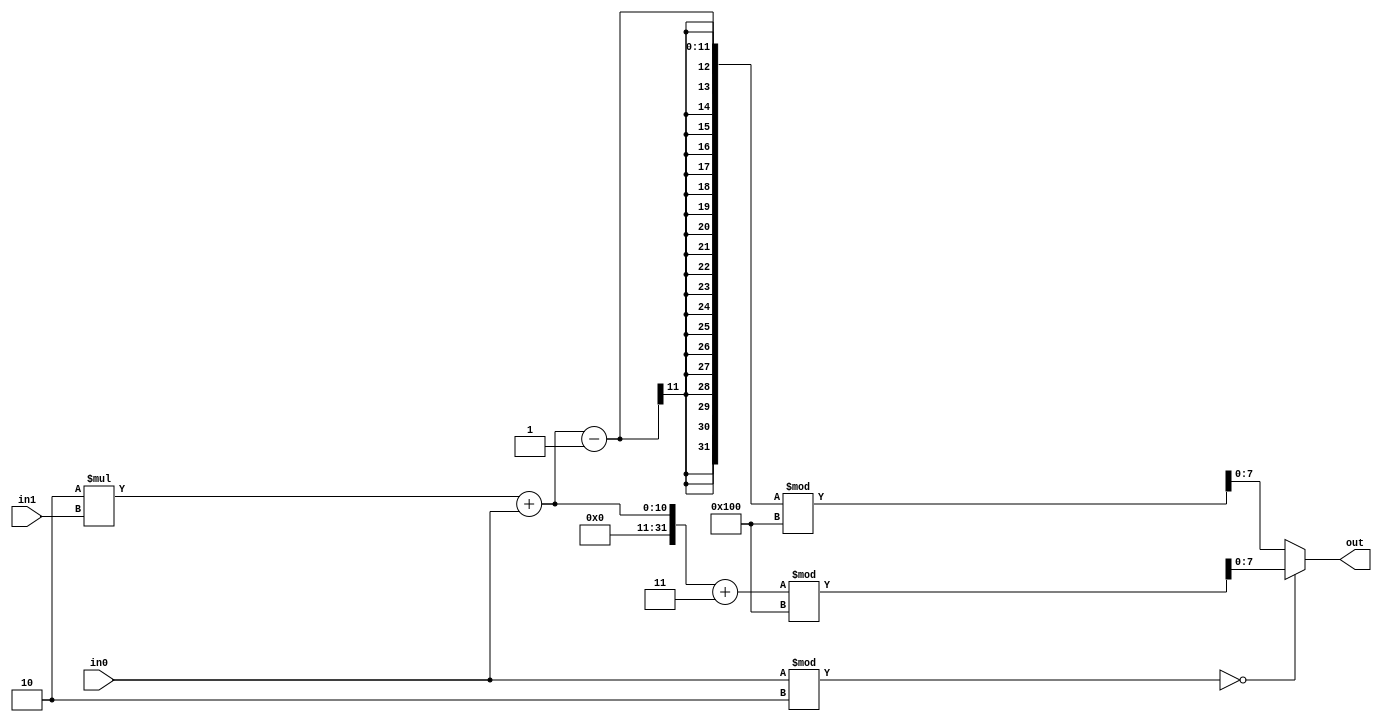
`timescale 1ns / 1ps
//////////////////////////////////////////////////////////////////////////////////

module compute_behav(
        input [7:0] in0,
        input [7:0] in1,
        output reg [7:0] out
    );
    
    always@(*)
    begin
    if(in0%2==0)
        begin
        out = (2*in1 + in0 + 3)%256;
        end
    else
        begin
        out = (2*in1 + in0 - 1)%256;
        end
    end
endmodule